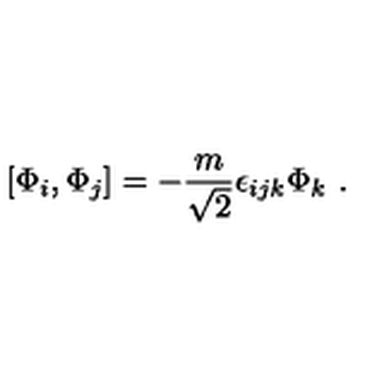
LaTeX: [ \Phi _ { i } , \Phi _ { j } ] = - \frac { m } { \sqrt 2 } \epsilon _ { i j k } \Phi _ { k } \ .